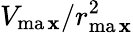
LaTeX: V_{\operatorname*{ma\mathbf{x}}}/r_{\operatorname*{ma\mathbf{x}}}^{2}